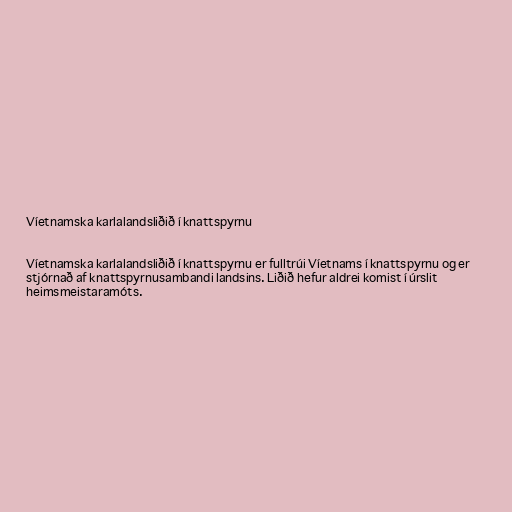
Víetnamska karlalandsliðið í knattspyrnu

Víetnamska karlalandsliðið í knattspyrnu er fulltrúi Víetnams í knattspyrnu og er
stjórnað af knattspyrnusambandi landsins. Liðið hefur aldrei komist í úrslit
heimsmeistaramóts.